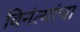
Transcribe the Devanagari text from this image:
विनंत्यांचा